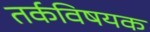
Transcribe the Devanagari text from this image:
तर्कविषयक